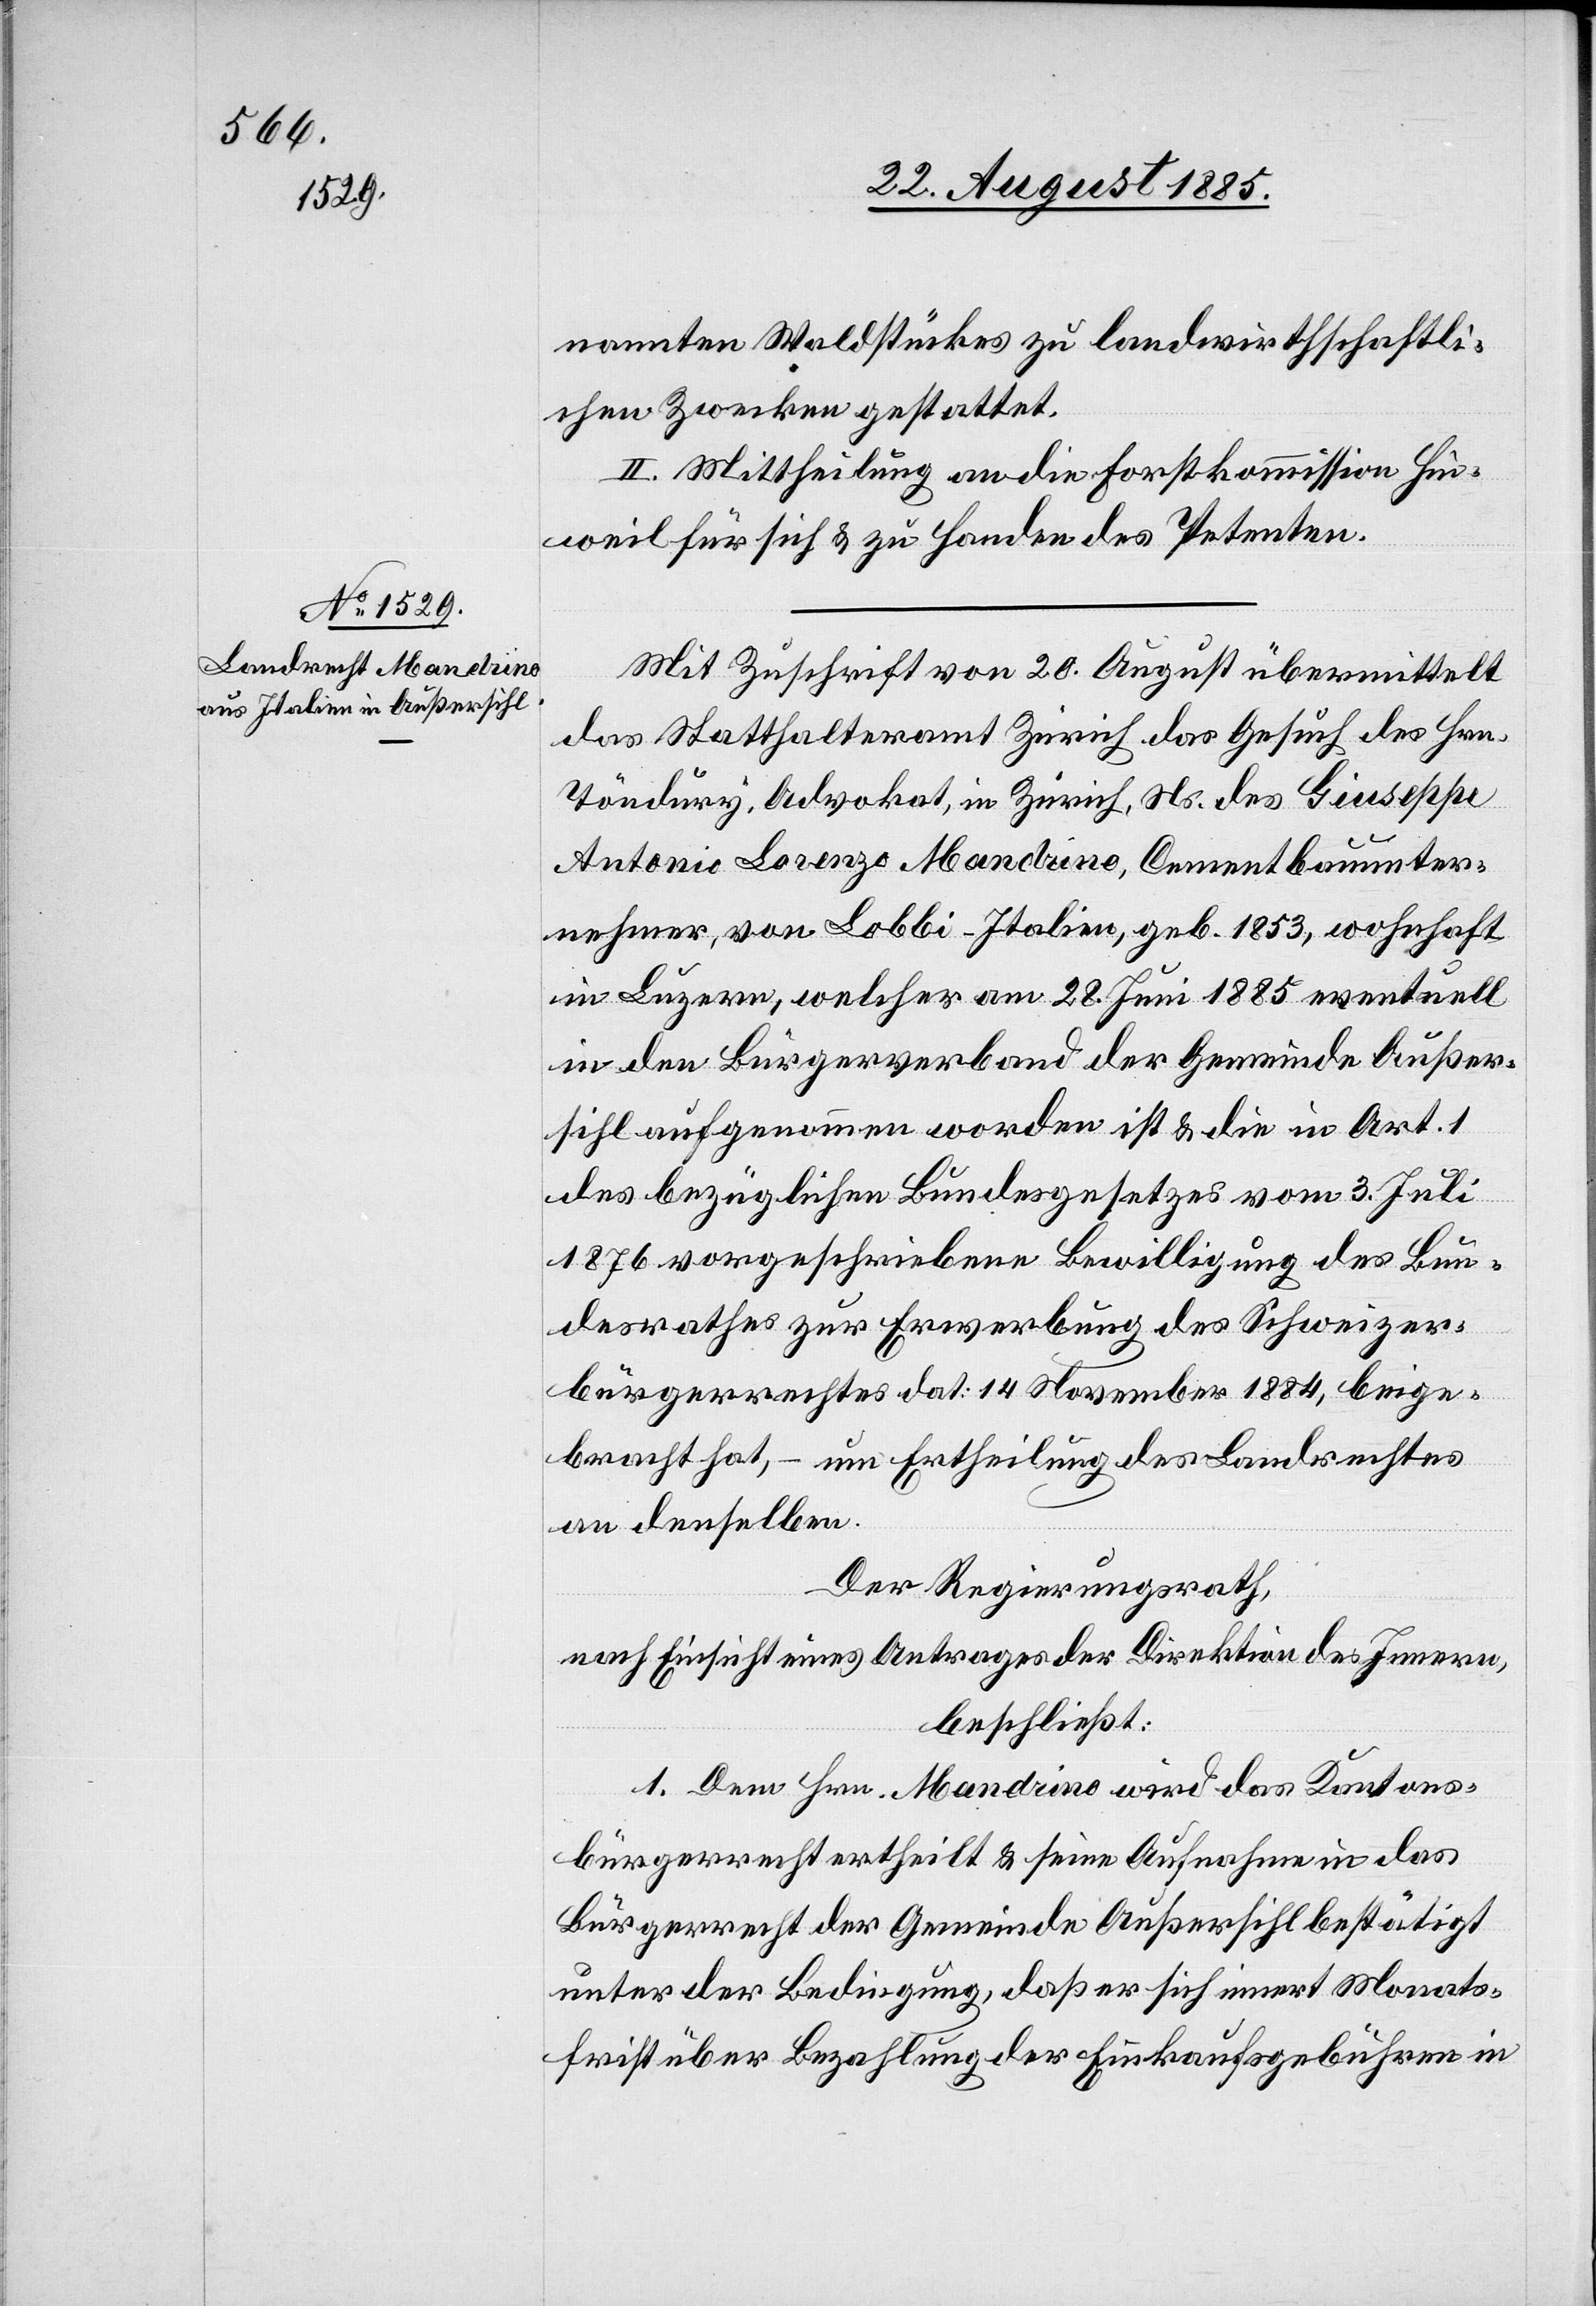
nannten Waldstückes zu landwirthschaftli¬
chen Zwecken gestattet.
II. Mittheilung an die Forstkommission Hin¬
weil für sich & zu Handen des Petenten.
Mit Zuschrift von [sic!] 20. August übermittelt
das Statthalteramt Zürich das Gesuch des Hrn.
Töndury, Advokat, in Zürich, Ns. des Giuseppe
Antonio Lorenzo Mandrino, Cementbauunter¬
nehmer, von Lobbi - Italien, geb. 1853, wohnhaft
in Luzern, welcher am 28. Juni 1885 eventuell
in den Bürgerverband der Gemeinde Außer¬
sihl aufgenommen worden ist & die in Art. 1
des bezüglichen Bundesgesetzes vom 3. Juli
1876 vorgeschriebene Bewilligung des Bun¬
desrathes zur Erwerbung des Schweizer¬
bürgerrechtes dat. 14. November 1884, beige¬
bracht hat, – um Ertheilung des Landrechtes
an denselben.
Der Regierungsrath,
nach Einsicht eines Antrages der Direktion des Innern,
beschließt:
1. Dem Hrn. Mandrino wird das Kantons¬
bürgerrecht ertheilt & seine Aufnahme in das
Bürgerrecht der Gemeinde Außersihl bestätigt
unter der Bedingung, daß er sich innert Monats¬
frist über Bezahlung der Einkaufsgebühren in